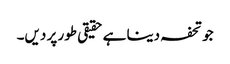
جو تحفہ دینا ہے حقیقی طور پر دیں۔